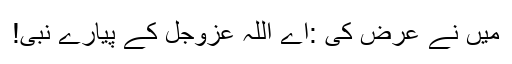
میں نے عرض کی :اے اللہ عَزَّوَجَلَّ کے پیارے نبی!